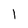
Character: 1